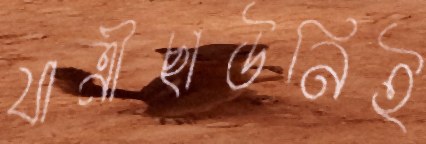
যাত্রীছাউনিই